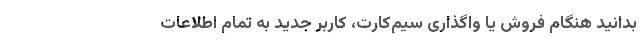
بدانید هنگام فروش یا واگذاری سیم‌کارت، کاربر جدید به تمام اطلاعات